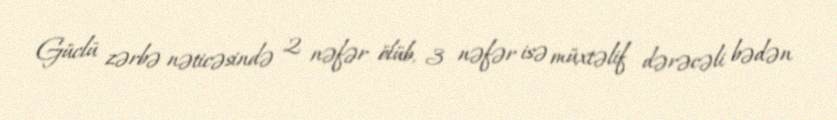
Güclü zərbə nəticəsində 2 nəfər ölüb, 3 nəfər isə müxtəlif dərəcəli bədən